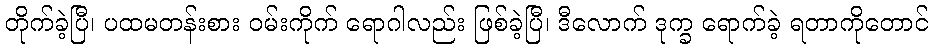
တိုက်ခဲ့ပြီ၊ ပထမတန်းစား ဝမ်းကိုက် ရောဂါလည်း ဖြစ်ခဲ့ပြီ၊ ဒီလောက် ဒုက္ခ ရောက်ခဲ့ ရတာကိုတောင်